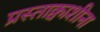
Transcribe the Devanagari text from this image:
प्रस्ताक्वाशीना